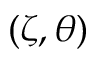
( \zeta , \theta )